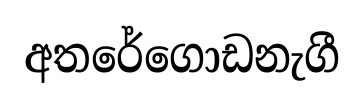
අතරේගොඩනැගී